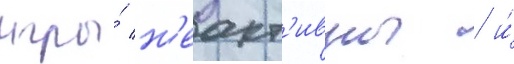
игры́ н'еакт'ивны / и́